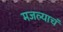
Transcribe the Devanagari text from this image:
मजल्याचं